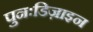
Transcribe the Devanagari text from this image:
पुनःडिज़ाइन